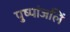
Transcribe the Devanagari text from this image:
पुष्पांजलिं